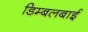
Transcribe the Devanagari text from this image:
डिम्बलबाई